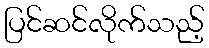
ပြင်ဆင်လိုက်သည့်